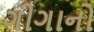
ગીગાનો